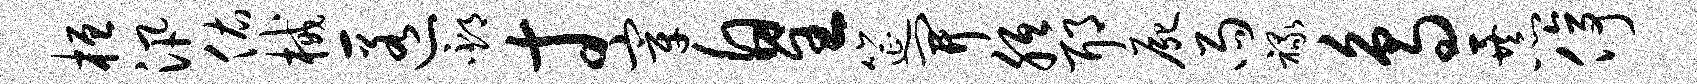
桓汛佑械匿邳寸宰皇筵开胝耶尸雨禄鸟暴停